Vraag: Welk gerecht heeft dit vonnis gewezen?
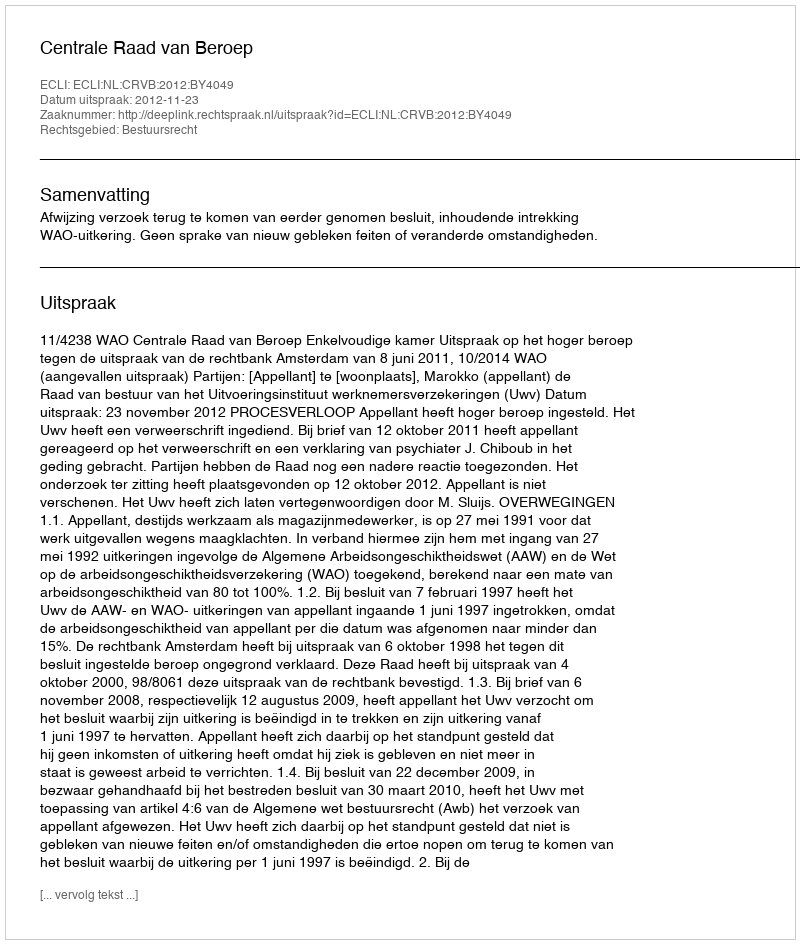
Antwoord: Centrale Raad van Beroep